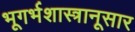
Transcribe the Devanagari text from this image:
भूगर्भशास्त्रानूसार